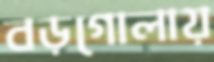
বড়গোলায়